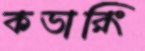
কভারিং